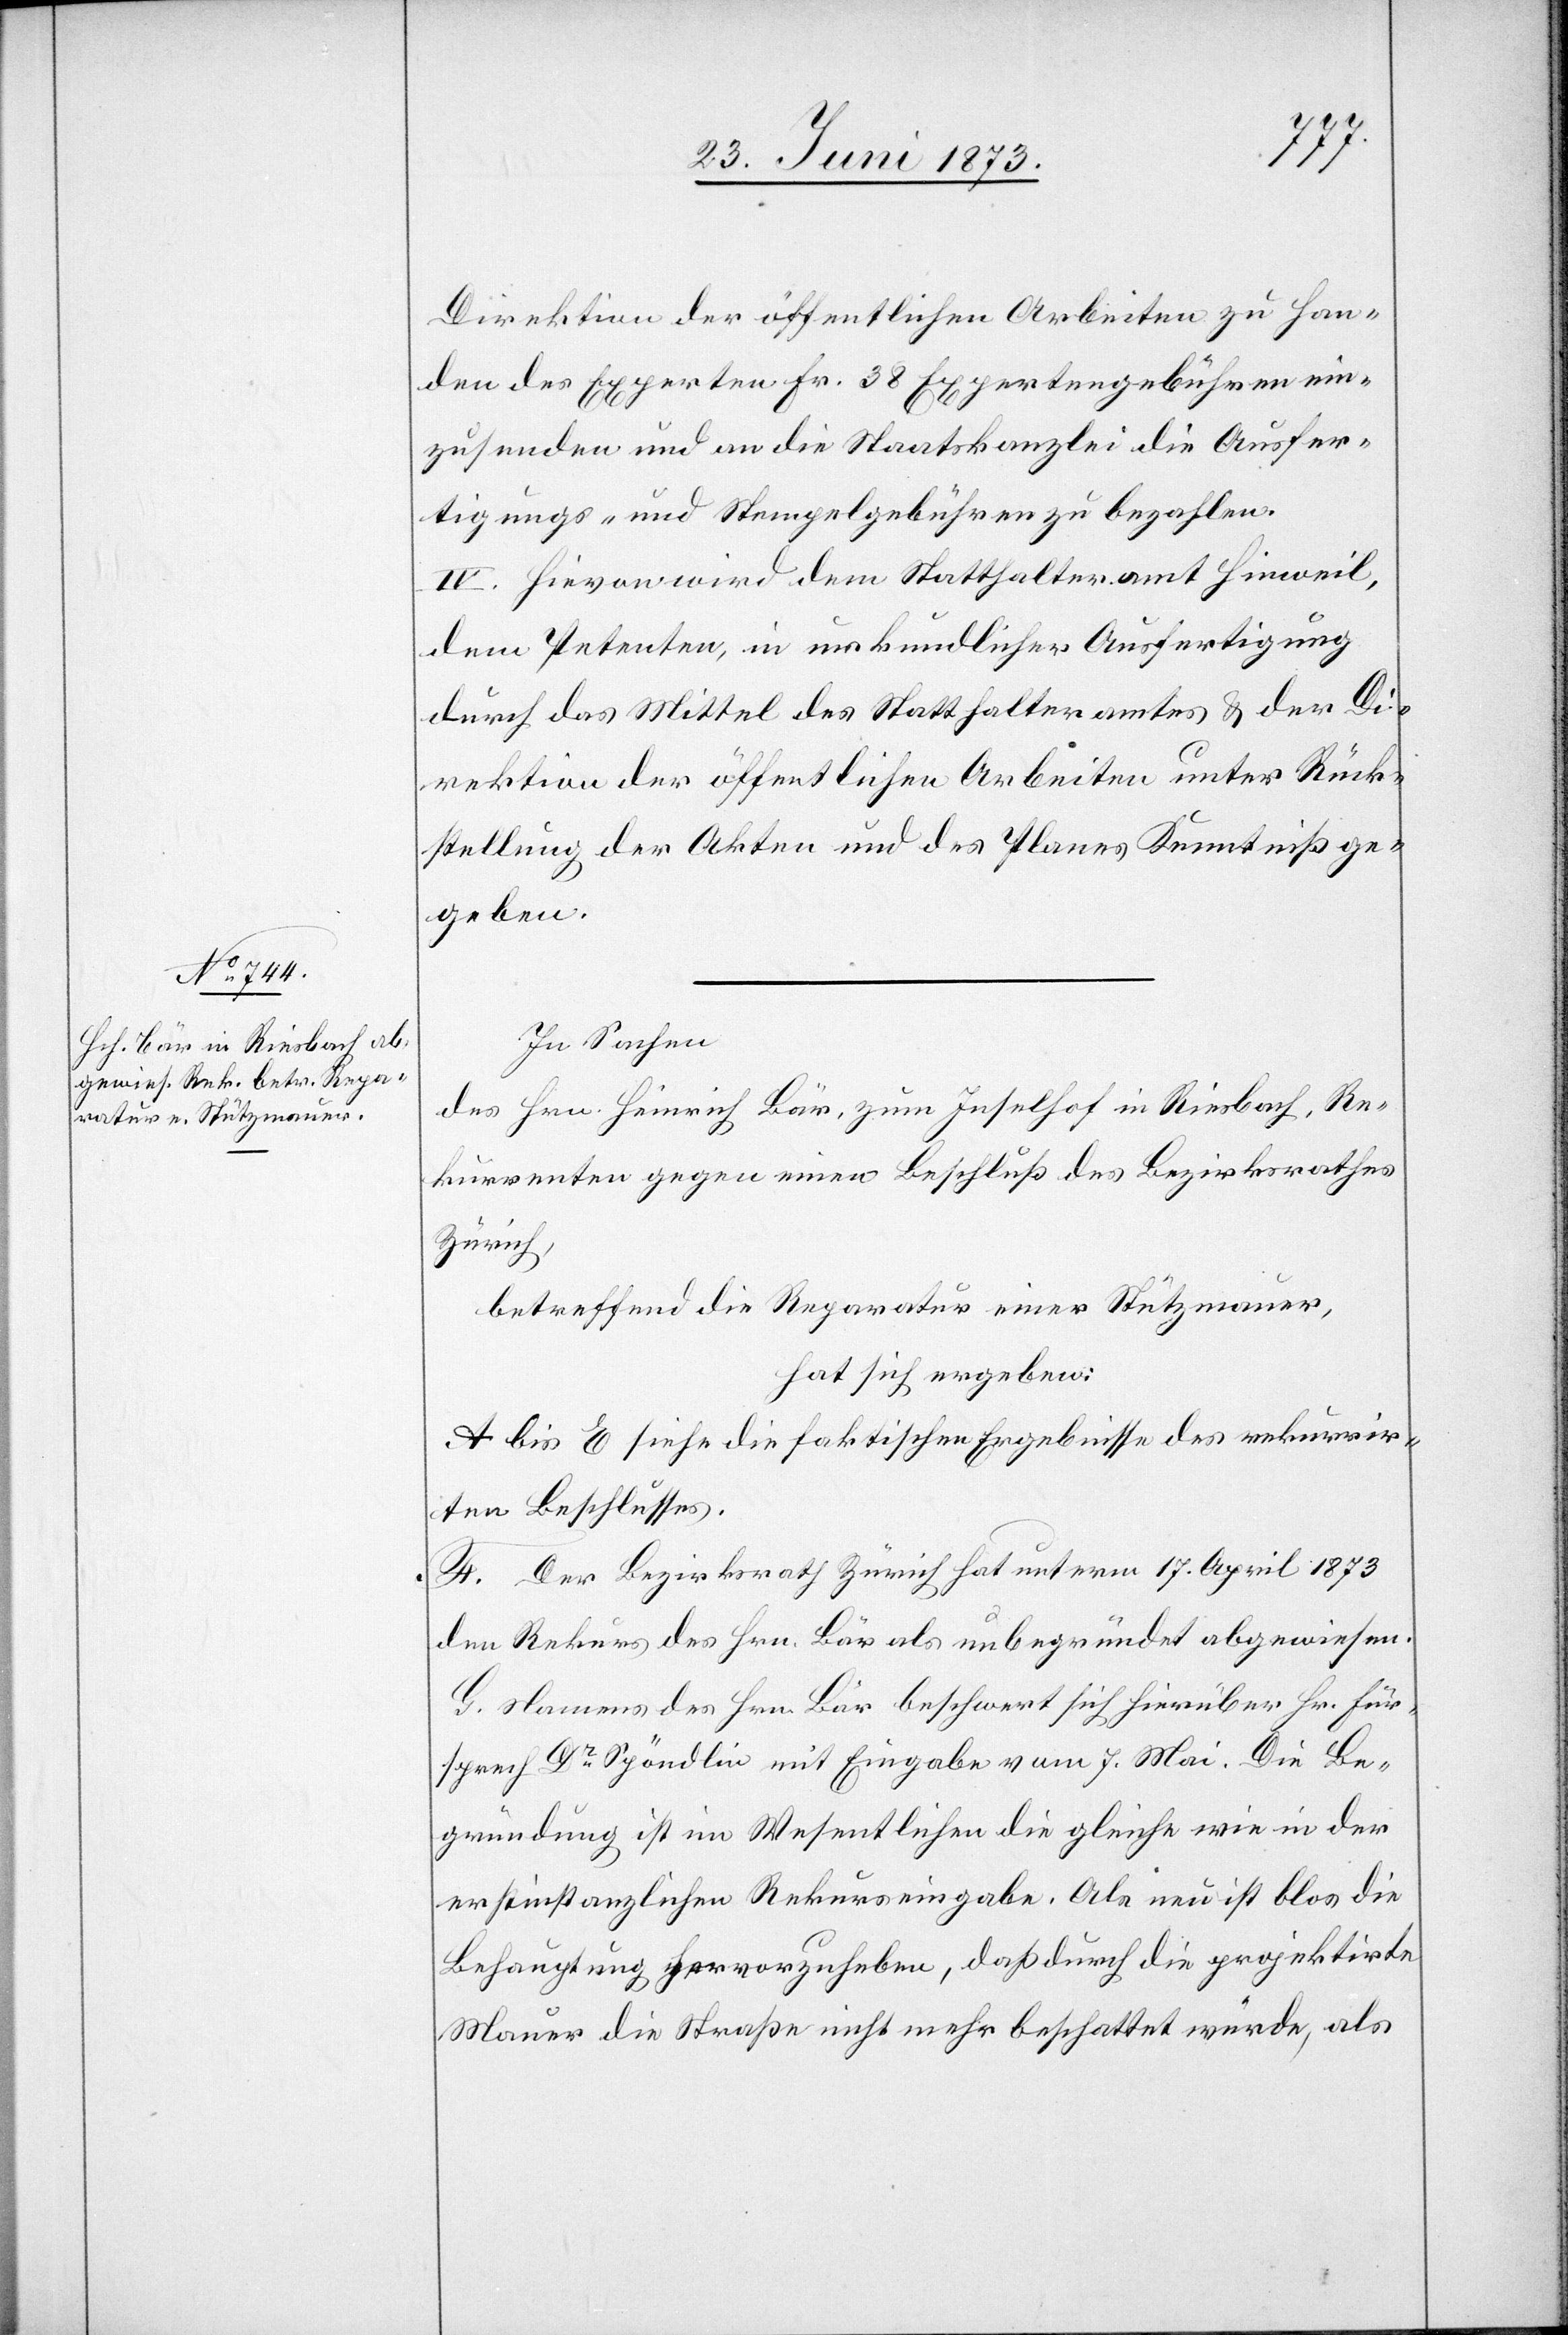
Direktion der öffentlichen Arbeiten zu Han¬
den des Experten Fr. 38 Expertengebühren ein¬
zusenden und an die Staatskanzlei die Ausfer¬
tigungs- und Stempelgebühren zu bezahlen.
IV. Hievon wird dem Statthalteramt Hinweil,
dem Petenten, in urkundlicher Ausfertigung
durch das Mittel des Statthalteramtes & der D¬
irektion der öffentlichen Arbeiten unter Rück¬
stellung der Akten und des Planes Kenntniß ge¬
geben.
In Sachen
des Hrn. Heinrich Bär, zum Inselhof in Riesbach, Re¬
kurrenten gegen einen Beschluß des Bezirksrathes
Zürich,
betreffend die Reparatur einer Stützmauer,
hat sich ergeben:
A bis E siehe die faktischen Ergebnisse des rekurrir¬
ten Beschlusses.
F. Der Bezirksrath Zürich hat unterm 17. April 1873
den Rekurs des Hrn. Bär als unbegründet abgewiesen.
G. Namens des Hrn. Bär beschwert sich hierüber Hr. Für¬
sprech Dr Spöndlin mit Eingabe vom 7. Mai. Die Be¬
gründung ist im Wesentlichen die gleiche wie in der
erstinstanzlichen Rekurseingabe. Als neu ist blos die
Behauptung hervorzuheben, daß durch die projektirte
Mauer die Straße nicht mehr beschattet würde, als